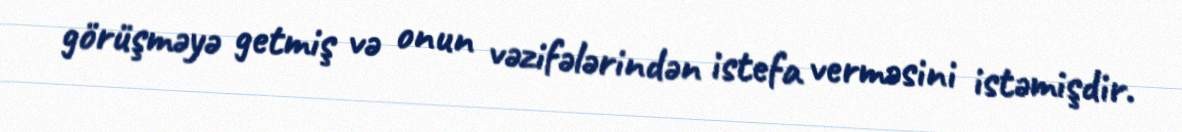
görüşməyə getmiş və onun vəzifələrindən istefa verməsini istəmişdir.